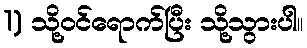
1) သို့ဝင်ရောက်ပြီး သို့သွားပါ။